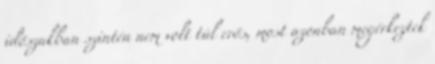
időszakban szintén nem volt túl erős, most azonban megérkeztek